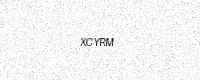
Text: XCYRM